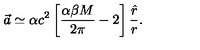
\vec { a } \simeq \alpha c ^ { 2 } \left[ \frac { \alpha \beta M } { 2 \pi } - 2 \right] \frac { \hat { r } } { r } .